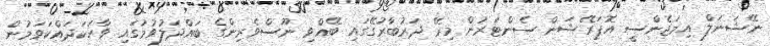
ނޭޝަނަލް އިމަޖެންސީ އޮޕަރޭޝަން ސެންޓަރުން މިރޭ ދަރުބާރުގޭގައި ބޭއްވި ނޫސްވެރިންގެ ބައްދަލުވުމުގައި ވާހަކަދައްކަވަމުން